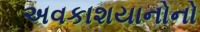
અવકાશયાનોનો